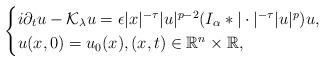
LaTeX: \begin{align*}\begin{cases}i\partial_t u-\mathcal K_\lambda u=\epsilon |x|^{-\tau}|u|^{p-2}(I_\alpha *|\cdot|^{-\tau}|u|^p)u,\\u(x,0)=u_0(x), (x,t)\in \mathbb{R}^n \times \mathbb{R},\end{cases}\end{align*}